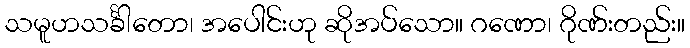
သမူဟသင်္ခါတော၊ အပေါင်းဟု ဆိုအပ်သော။ ဂဏော၊ ဂိုဏ်းတည်း။